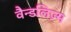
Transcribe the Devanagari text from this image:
वैन्डलिज़्म